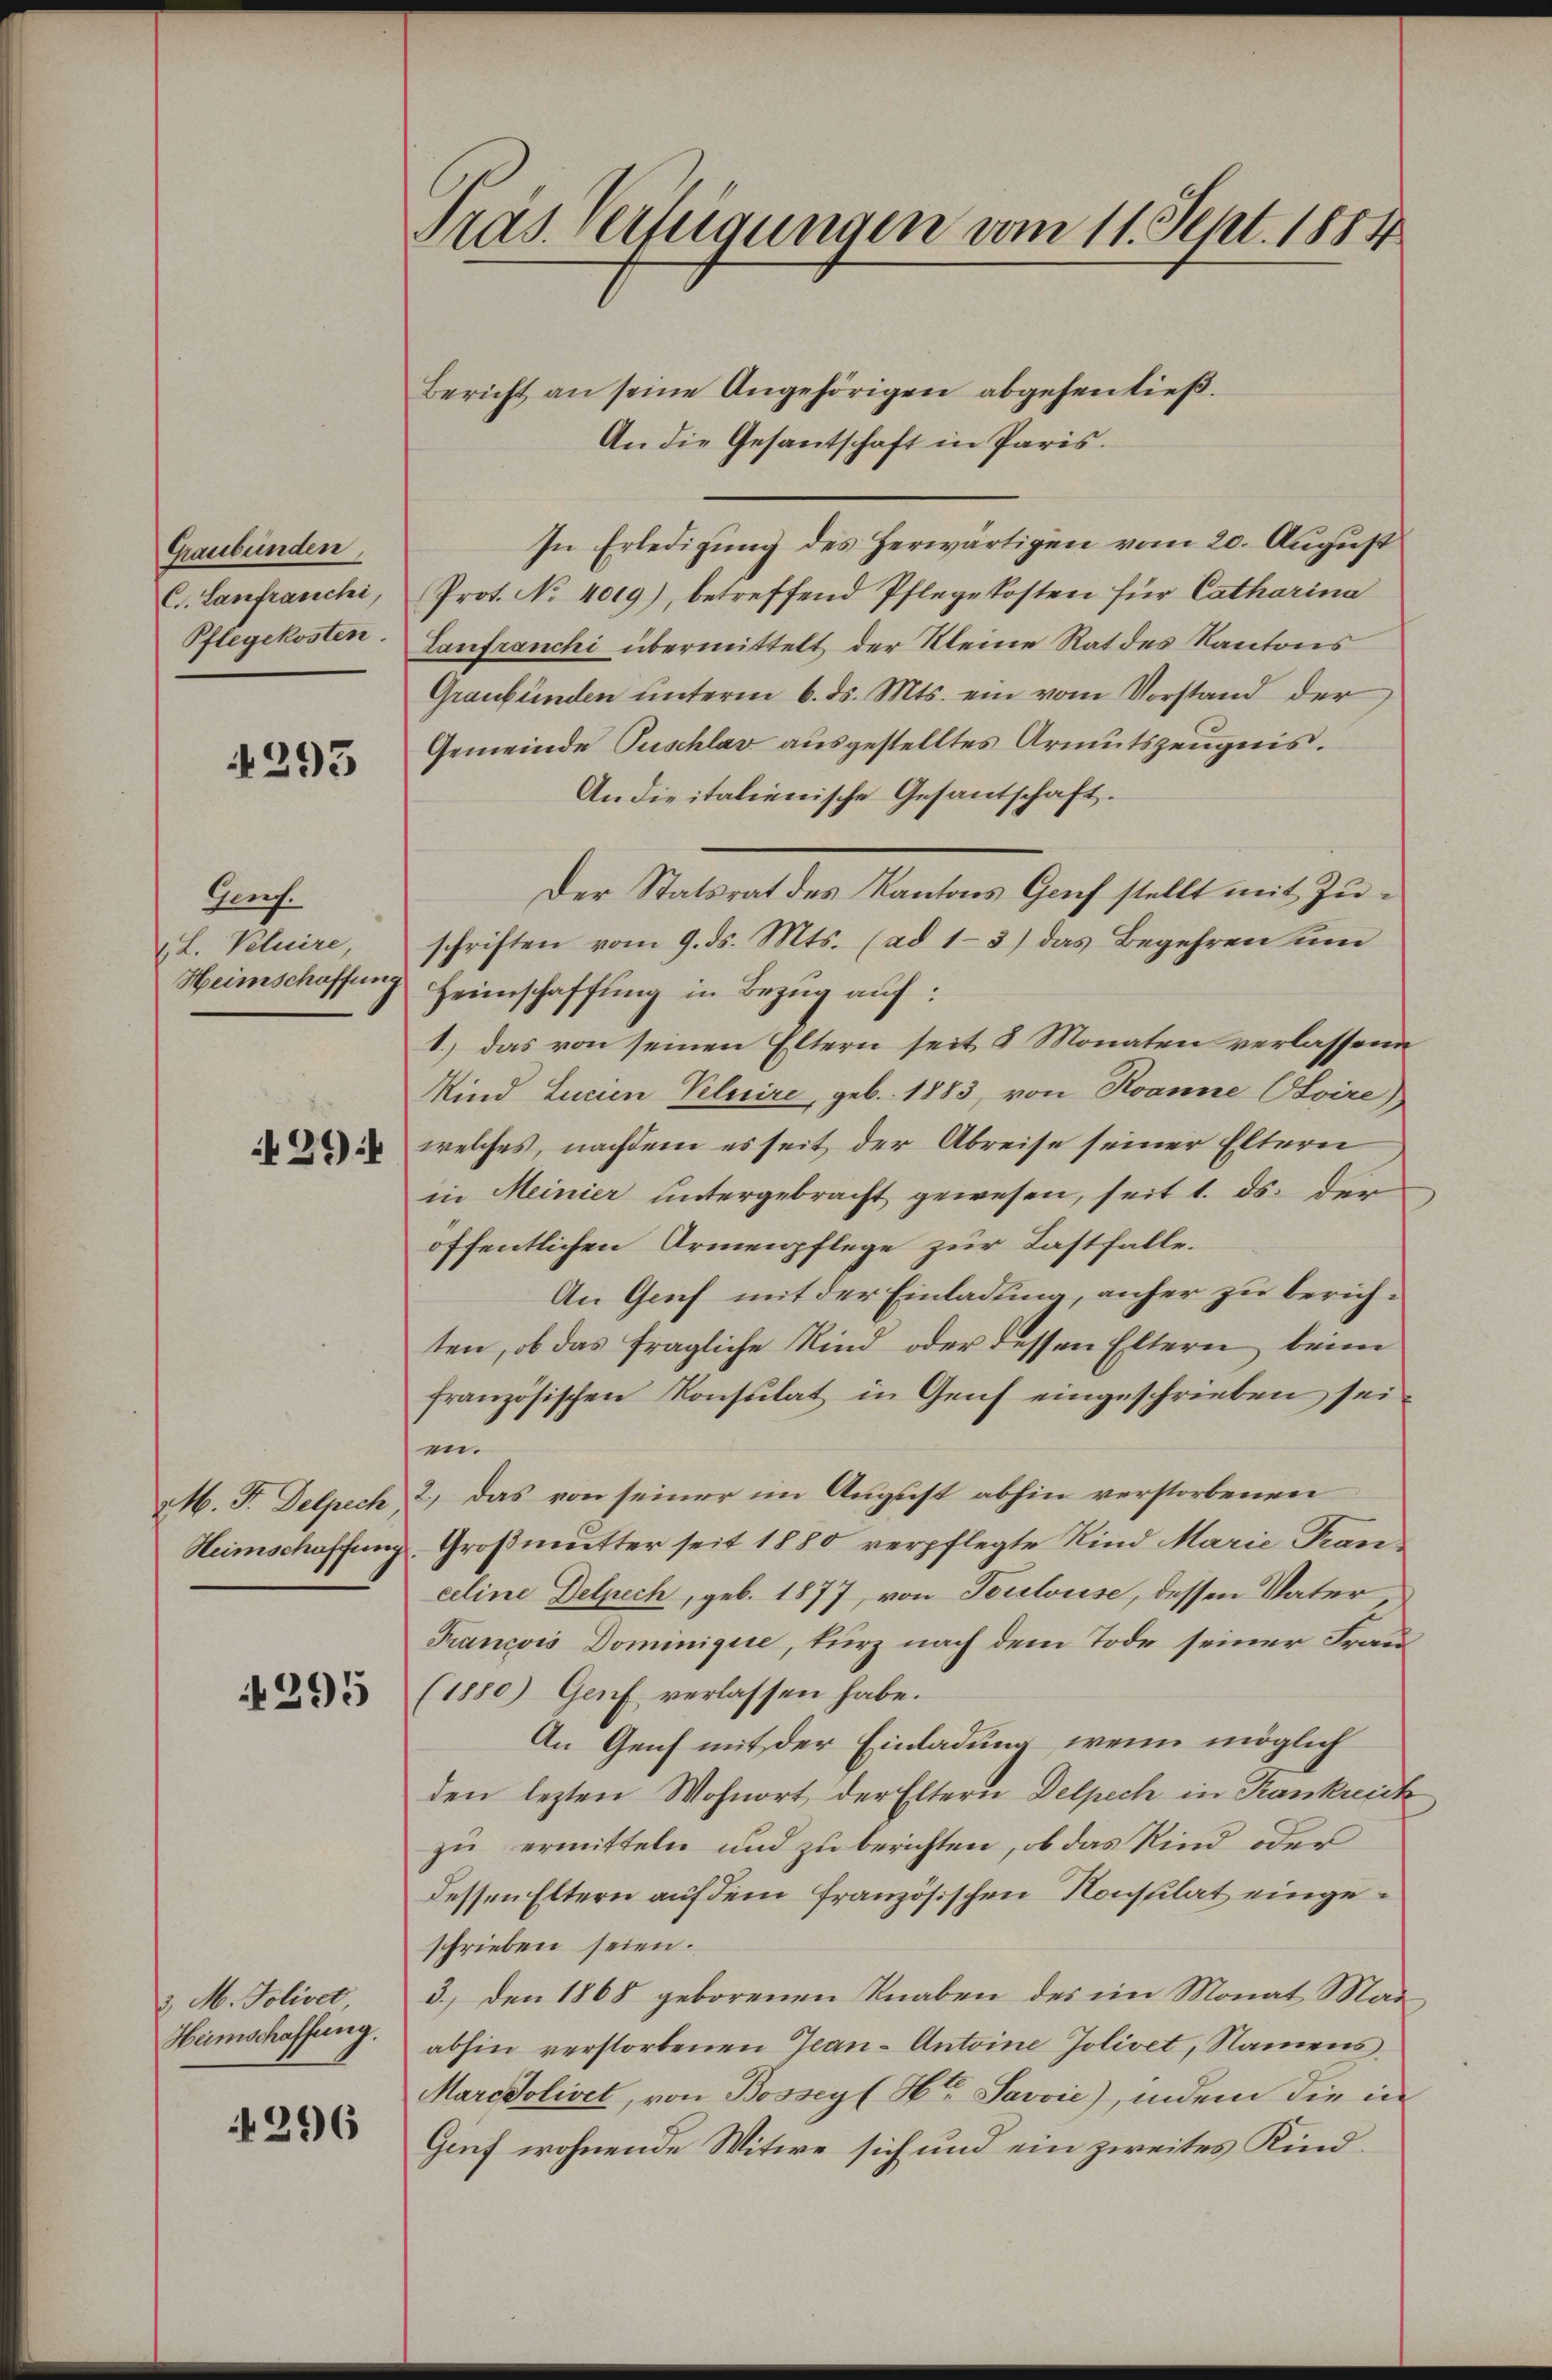
Graubünden,
C. Lanfranchi,
Pflegekosten.

4293

Genf.
(L. Peluire
Heimschaffung

499f

M. F. Delpech
Heimschaffung

295

3 M. Jolivet
Heimschaffung.

296

Tras. erfeigungen vom 11. Sept. 1884

Bericht an seine Angehörigen abgehentieß.
An die Gesantschaft in Paris.
In Erledigung des herwärtigen vom 20. August
Prot. No 4019), betreffend Pflegekosten für Catharina
Lanfranchi übermittelt der Kleine Rat des Kantons
Graubünden ŭnterm 6. ds. Mts. ein vom Vorstand der
Gemeinde Puschlav ausgestelltes Armutszeugnis.
Andieitalienische Gesantschaft.
Der Statsrat des Kantons Genf stellt mit Zuschriften vom 9. ds. Mts. (ad 1–3) das Begehren um
Heimschaffung in Bezug auf:
1.) Das von seinen Eltern seit 8 Monaten verlassende
Kind Lucien Peluire, geb. 1883, von Roanne Otoire)
welches, nachdem es seit der Abreise seiner Eltern
in Meinier untergebracht gewesen, seit 1. ds. der
öffentlichen Armenpflege zur Lastfalle.
An Genf mit der Einladung, anher zu berichten, ob das fragliche Kind oder dessen Eltern beim
französischen Konsulat in Genf eingeschrieben sei.
e
2.) Das von seiner im August abhin verstorbenen
Großmutter seit 1880 verpflegte Kind Marie Kanceline Delpech, geb. 1877, von Toulouse, dessen Vater
Francois Dominigere, kurz nach dem Tode seiner Frau¬
(1880) Genf verlassen habe.
An Genf mit der Einladung, wenn möglich
den lezten Wohnort der Eltern Delpech in Kranknick
zu ermitteln und zu berichten, ob das Kind oder
dessen Eltern auf dem französischen Konsulat eingeschrieben seien.
3.) Den 1868 geborenen Knaben des im Monat Mai
abhin verstorbenen Jean - Antoine Jolivet, Namens
Marcdolivet, von Bosseyf Hr. Savvie), indem die in
Genf wohnende Witwe sich und ein zweites Kind¬